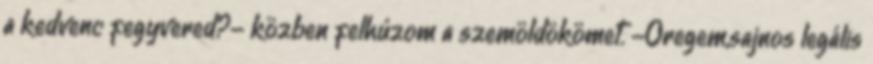
a kedvenc fegyvered?- közben felhúzom a szemöldökömet. -Öregem,sajnos legális